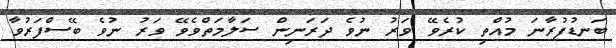
ބަނޑުފުރާނަ މުއްތި ކުރެވޭ ވަރު ނުވެ ދަރަނިން ސަލާމަތްވެވޭ ވަރު ނުވެ ބޭސްފަރުވާ